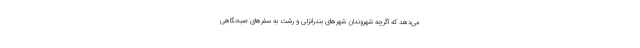
می‌دهد که اگرچه شهروندان شهرهای بندرانزلی و رشت به سفرهای صبحگاهی